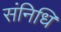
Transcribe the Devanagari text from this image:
संनिधि